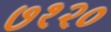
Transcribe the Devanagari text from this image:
७१२०